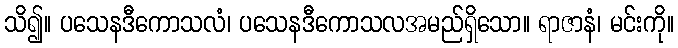
သိ၍။ ပသေနဒီကောသလံ၊ ပသေနဒီကောသလအမည်ရှိသော။ ရာဇာနံ၊ မင်းကို။